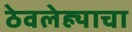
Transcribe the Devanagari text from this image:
ठेवलेह्याचा